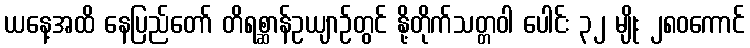
ယနေ့အထိ နေပြည်တော် တိရစ္ဆာန်ဥယျာဉ်တွင် နို့တိုက်သတ္တဝါ ပေါင်း ၃၂ မျိုး ၂၈၀ကောင်